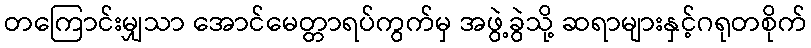
တကြောင်းမျှသာ အောင်မေတ္တာရပ်ကွက်မှ အဖွဲ့ခွဲသို့ ဆရာများနှင့်ဂရုတစိုက်